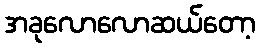
အခုလောလောဆယ်တော့